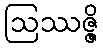
ဩဿဇ္ဇိ